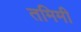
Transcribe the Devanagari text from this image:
तमिमी